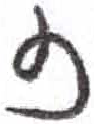
אות: ז